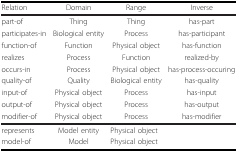
| Relation | Domain | Range | Inverse |
 | --- | --- | --- | --- |
 | part-of | Thing | Thing | has-part |
 | participates-in | Biological entity | Process | has-participant |
 | function-of | Function | Physical object | has-function |
 | realizes | Process | Function | realized-by |
 | occurs-in | Process | Physical object | has-process-occuring |
 | quality-of | Quality | Biological entity | has-quality |
 | input-of | Physical object | Process | has-input |
 | output-of | Physical object | Process | has-output |
 | modifier-of | Physical object | Process | has-modifier |
 | represents | Model entity | <COLSPAN=2> Physical object |
 | model-of | Model | <COLSPAN=2> Physical object |